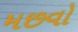
મછવો